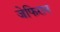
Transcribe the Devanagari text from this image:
जेफिरान